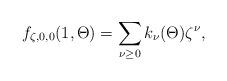
LaTeX: \begin{align*}f_{\zeta,0,0}(1,\Theta) = \sum_{\nu\geq 0}k_\nu(\Theta)\zeta^\nu,\end{align*}